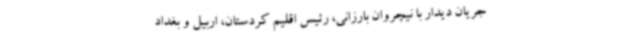
جریان دیدار با نیچروان بارزانی، رئیس اقلیم کردستان، اربیل و بغداد